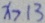
x > 1 3